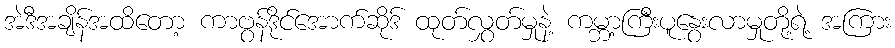
အဲဒီအချိန်အထိတော့ ကာဗွန်ဒိုင်အောက်ဆိုဒ် ထုတ်လွှတ်မှုနဲ့ ကမ္ဘာ့ကြီးပူနွေးလာမှုတို့ရဲ့ အကြား